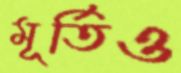
মূর্তিও